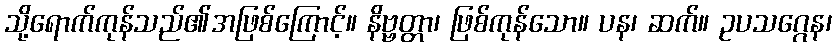
သို့ရောက်ကုန်သည်၏အဖြစ်ကြောင့်။ နိဗ္ဗတ္တာ၊ ဖြစ်ကုန်သော။ ပန၊ ဆက်။ ဥပသဂ္ဂေန၊